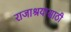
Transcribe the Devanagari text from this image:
राजाश्रयासाठी